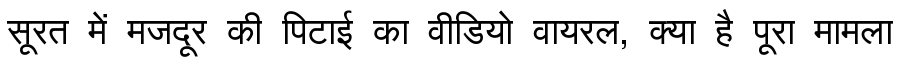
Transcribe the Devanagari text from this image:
सूरत में मजदूर की पिटाई का वीडियो वायरल, क्या है पूरा मामला